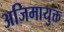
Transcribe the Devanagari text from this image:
अजिमायुक्त